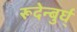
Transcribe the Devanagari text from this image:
रूदेन्बुर्घ्